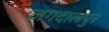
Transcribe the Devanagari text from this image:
जगदालपुर